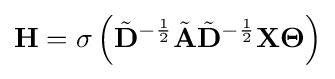
\mathbf {H} =\sigma \left({\tilde {\mathbf {D} }}^{-{\frac {1}{2}}}{\tilde {\mathbf {A} }}{\tilde {\mathbf {D} }}^{-{\frac {1}{2}}}\mathbf {X} \mathbf {\Theta } \right)